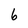
Character: 6